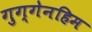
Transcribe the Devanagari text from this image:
गुग्गेनहिम